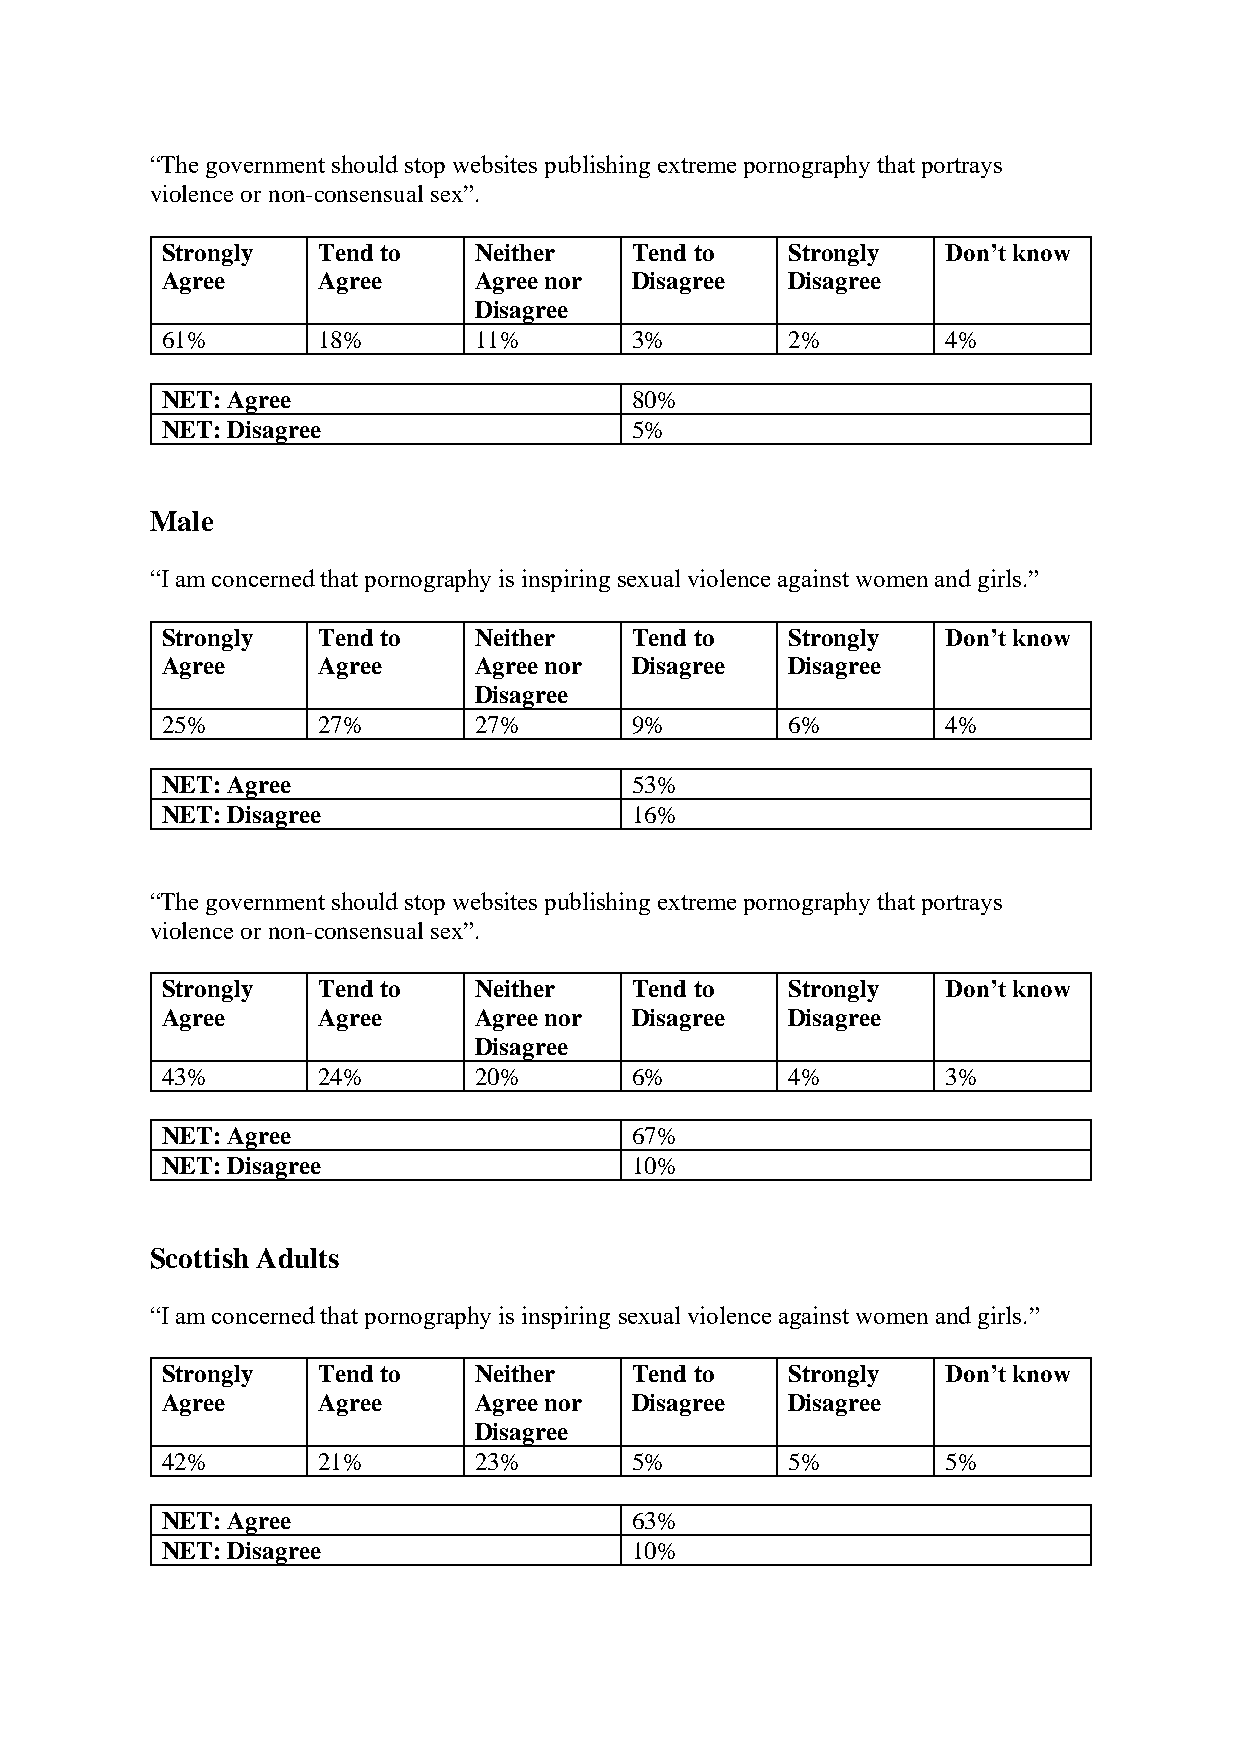
“The government should stop websites publishing extreme pornography that portrays
 violence or non-consensual sex”.
 Strongly  Tend to   Neither    Tend to   Strongly   Don’t know
 Agree     Agree     Agree nor  Disagree  Disagree
 Disagree
 61%       18%       11%        3%        2%         4%
 NET: Agree                     80%
 NET: Disagree                  5%
 Male
 “I am concerned that pornography is inspiring sexual violence against women and girls.”
 Strongly  Tend to   Neither    Tend to   Strongly   Don’t know
 Agree     Agree     Agree nor  Disagree  Disagree
 Disagree
 25%       27%       27%        9%        6%         4%
 NET: Agree                     53%
 NET: Disagree                  16%
 “The government should stop websites publishing extreme pornography that portrays
 violence or non-consensual sex”.
 Strongly  Tend to   Neither    Tend to   Strongly   Don’t know
 Agree     Agree     Agree nor  Disagree  Disagree
 Disagree
 43%       24%       20%        6%        4%         3%
 NET: Agree                     67%
 NET: Disagree                  10%
 Scottish Adults
 “I am concerned that pornography is inspiring sexual violence against women and girls.”
 Strongly  Tend to   Neither    Tend to   Strongly   Don’t know
 Agree     Agree     Agree nor  Disagree  Disagree
 Disagree
 42%       21%       23%        5%        5%         5%
 NET: Agree                     63%
 NET: Disagree                  10%